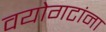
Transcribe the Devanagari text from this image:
वयोगटांना